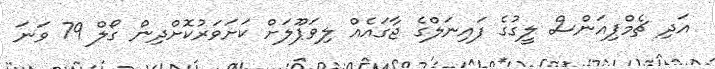
އަދި ޗެމްޕިއަންސް ލީގުގެ ފައިނަލްގެ ޖާގައެއް ލިވަޕޫލަށް ކަށަވަރުކޮށްދިން ގޯލް 79 ވަނަ